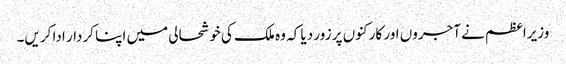
وزیراعظم نے آجروں اور کارکنوں پر زور دیا کہ وہ ملک کی خوشحالی میں اپنا کردار ادا کریں۔